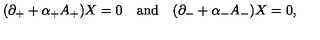
( \partial _ { + } + \alpha _ { + } A _ { + } ) X = 0 \quad \mathrm { a n d } \quad ( \partial _ { - } + \alpha _ { - } A _ { - } ) X = 0 ,